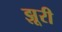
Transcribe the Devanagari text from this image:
झूरी